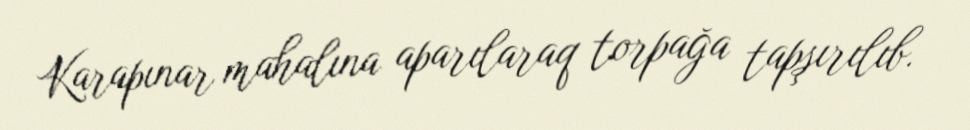
Karapınar mahalına aparılaraq torpağa tapşırılıb.